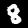
Digit: 8